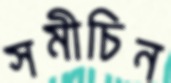
সমীচিন